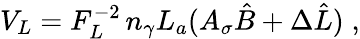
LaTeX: V_{L}=F_{L}^{-2}\, n_{\gamma}L_{a}(A_{\sigma}\hat{B}+\Delta\hat{L})\; ,